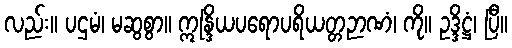
လည်း။ ပဌမံ၊ မဆွစွာ။ ဣန္ဒြိယပရောပရိယတ္တဉာဏံ၊ ကို။ ဥဒ္ဒိဋ္ဌံ၊ ပြီ။